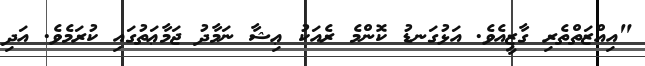
"އިއްޒަތްތެރި ގާޒީއެވެ. އަޅުގަނޑު ކޮންމެ ރެއަކު ޢިޝާ ނަމާދު ޖަމާޢަތުގައި ކުރަމެވެ. އަދި